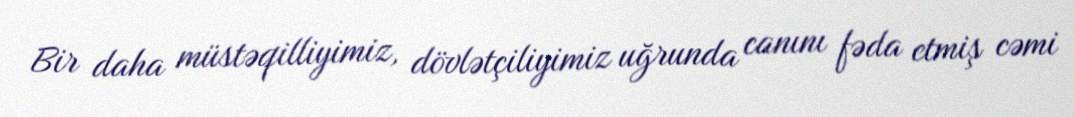
Bir daha müstəqilliyimiz, dövlətçiliyimiz uğrunda canını fəda etmiş cəmi